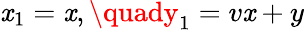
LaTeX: \mathit{x}_{1}=\mathit{x},\quady_{1}=v\mathit{x}+y